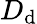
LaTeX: D_{\mathrm{d}}